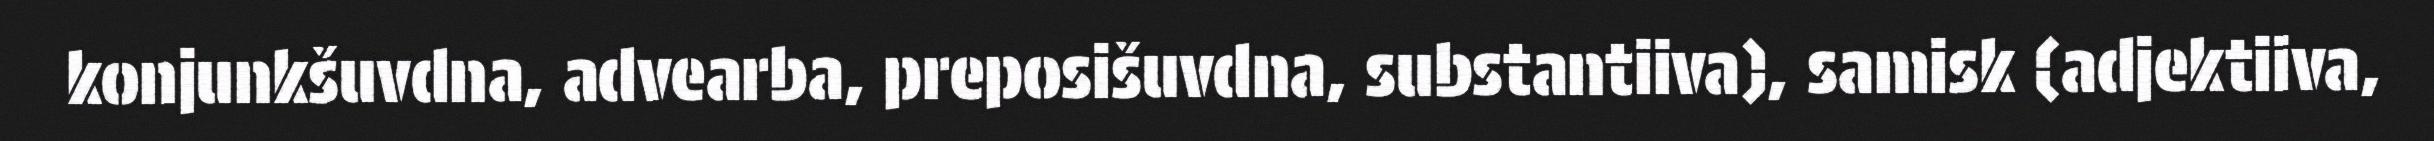
konjunkšuvdna, advearba, preposišuvdna, substantiiva), samisk (adjektiiva,